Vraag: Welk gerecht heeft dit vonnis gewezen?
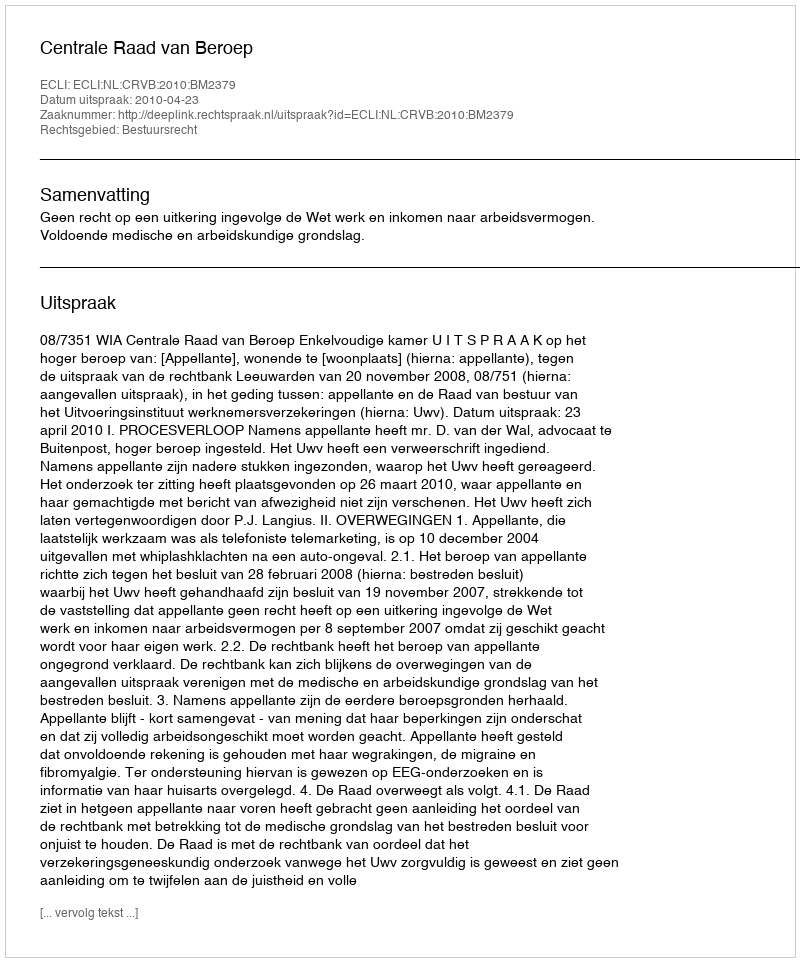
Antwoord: Centrale Raad van Beroep